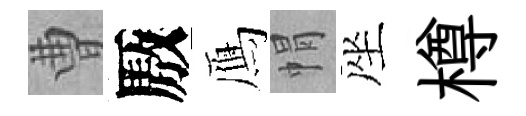
曹厫鴈㡌座樽